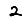
Digit: 2